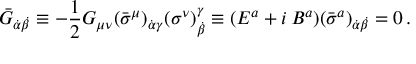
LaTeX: \bar { G } _ { \dot { \alpha } \dot { \beta } } \equiv - \frac 1 2 G _ { \mu \nu } ( \bar { \sigma } ^ { \mu } ) _ { \dot { \alpha } \gamma } ( \sigma ^ { \nu } ) _ { \dot { \beta } } ^ { \gamma } \equiv ( { E } ^ { a } + i \, { B } ^ { a } ) ( { \bar { \sigma } } ^ { a } ) _ { \dot { \alpha } \dot { \beta } } = 0 \, .